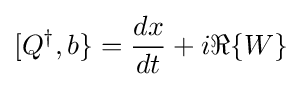
[Q^{\dagger },b\}={\frac {dx}{dt}}+i\Re \{W\}